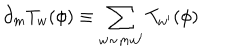
\partial _ { m } T _ { w } ( \phi ) \equiv \sum _ { w \sim m w ^ { \prime } } T _ { w ^ { \prime } } ( \phi )